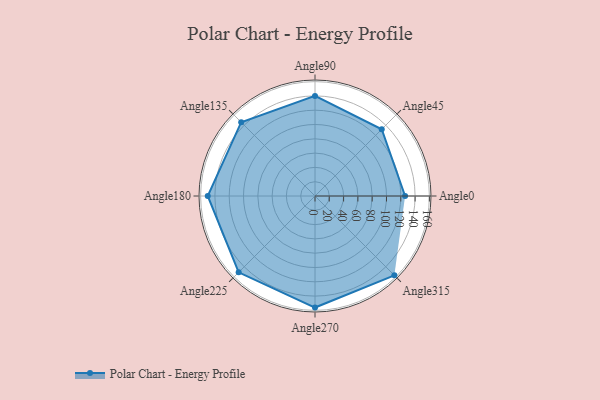
{"axis": {"x": "Angle", "y": "Radius"}, "legend": [""], "data": [{"x": "Angle0", "y": 126.0, "type": ""}, {"x": "Angle45", "y": 132.0, "type": ""}, {"x": "Angle90", "y": 140.0, "type": ""}, {"x": "Angle135", "y": 146.0, "type": ""}, {"x": "Angle180", "y": 150.0, "type": ""}, {"x": "Angle225", "y": 151.0, "type": ""}, {"x": "Angle270", "y": 156.0, "type": ""}, {"x": "Angle315", "y": 157.0, "type": ""}]}